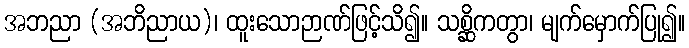
အဘညာ (အဘိညာယ)၊ ထူးသောဉာဏ်ဖြင့်သိ၍။ သစ္ဆိကတွာ၊ မျက်မှောက်ပြု၍။